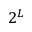
2 ^ { L }